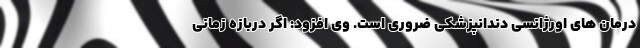
درمان های اورژانسی دندانپزشکی ضروری است. وی افزود: اگر دربازه زمانی